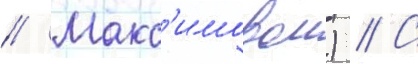
// Макс'имовои) // С